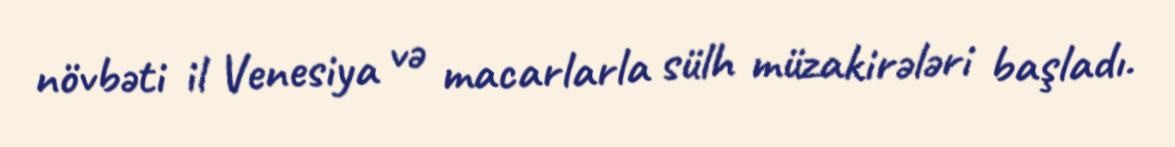
növbəti il Venesiya və macarlarla sülh müzakirələri başladı.